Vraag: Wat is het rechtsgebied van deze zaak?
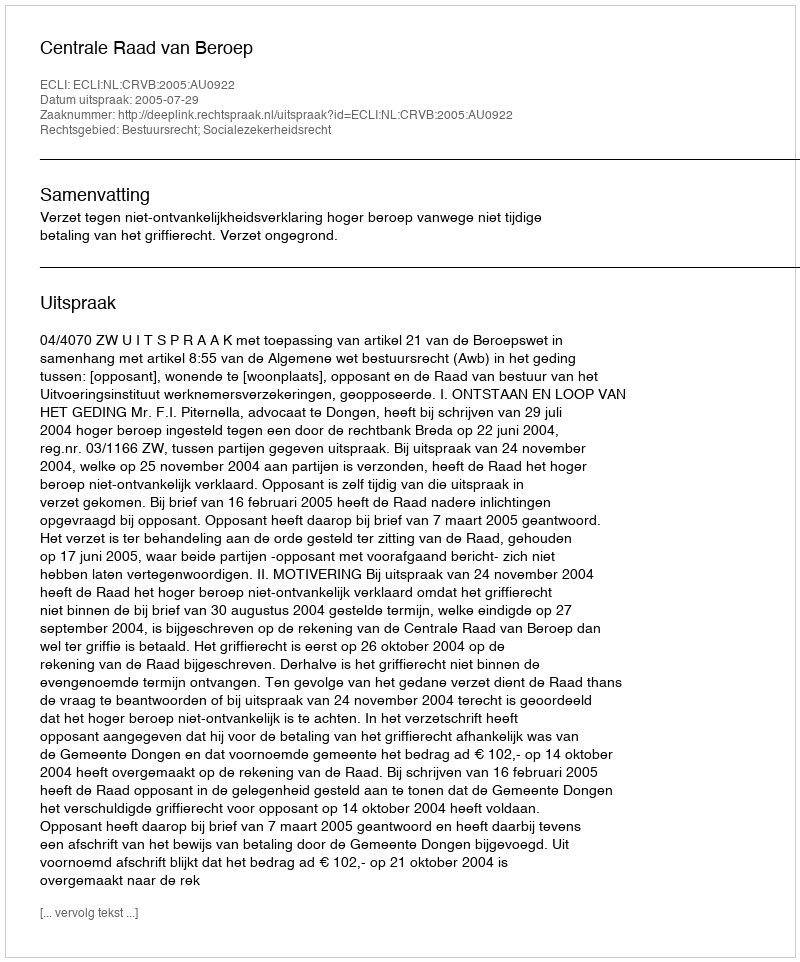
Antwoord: Bestuursrecht; Socialezekerheidsrecht